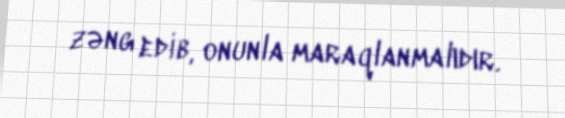
zəng edib, onunla maraqlanmalıdır.